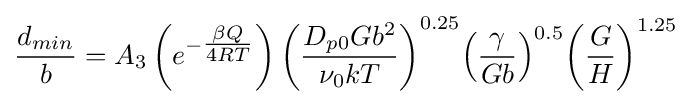
{\frac {d_{min}}{b}}=A_{3}\left(e^{-{\tfrac {\beta Q}{4RT}}}\right){\left({\frac {D_{p0}Gb^{2}}{\nu _{0}kT}}\right)}^{0.25}{\left({\frac {\gamma }{Gb}}\right)}^{0.5}{\left({\frac {G}{H}}\right)}^{1.25}